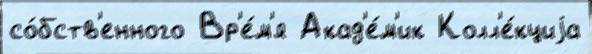
со́бств'енного Вр'е́м'я Акад'е́м'ик Колл'е́кциjа